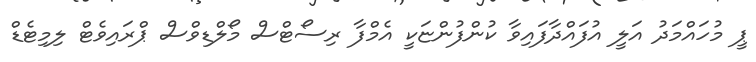
ޕީ މުހައްމަދު އަލީ އުފައްދާފައިވާ ކުންފުންޏަކީ އެމްފާ ރިސޯޓްސް މޯލްޑިވްސް ޕްރައިވެޓް ލިމިޓެޑް